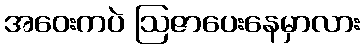
အဝေးကပဲ ဩဇာပေးနေမှာလား